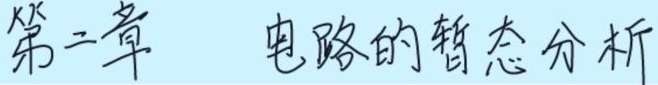
第二章  电路的暂态分析